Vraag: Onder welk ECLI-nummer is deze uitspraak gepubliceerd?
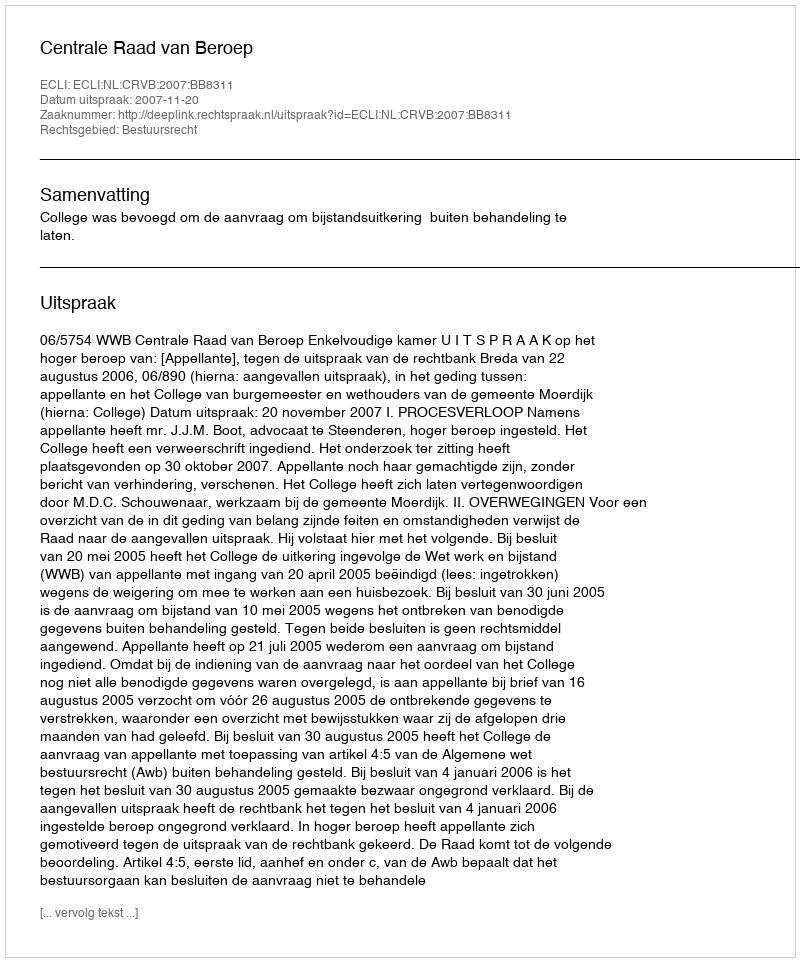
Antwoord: ECLI:NL:CRVB:2007:BB8311